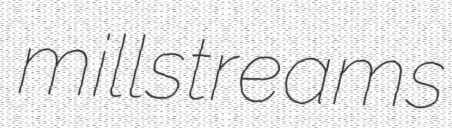
millstreams